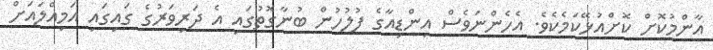
އާންމުކޮށް ކޮށްއުޅޭކަމެކެވެ. އެހެންނަވެސް އިންޑިއާގެ ފުލުހުން ބުނާގޮތުގައި އެ ދަރިވަރުގެ ގައިގައި އަމިއްލައަށް